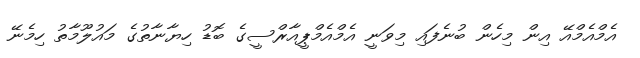
އެމްއެމްއޭ އިން މިހެން ބުނެފައި މިވަނީ އެމްއެމްޕީއާރްސީގެ ބޮޑު ހިޔާނާތުގެ މައުލޫމާތު ހިމެނޭ